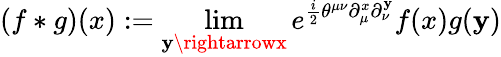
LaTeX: (f*g)(x):=\operatorname*{lim}_{\mathbf{y}\rightarrowx}e^{\frac{{i}}{{2}}\theta^{\mu\nu}\partial_{\mu}^{x}\partial_{\nu}^{\mathbf{y}}}f(x)g(\mathbf{y})